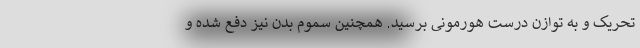
تحریک و به توازن درست هورمونی برسید. همچنین سموم بدن نیز دفع شده و